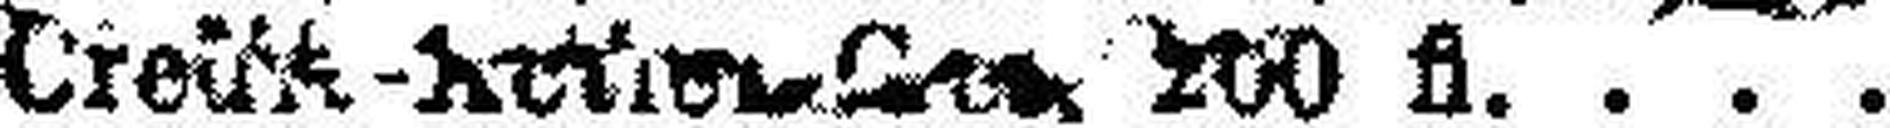
„ Cre###-### 200 fl.